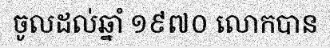
ចូលដល់ឆ្នាំ ១៩៧០ លោកបាន